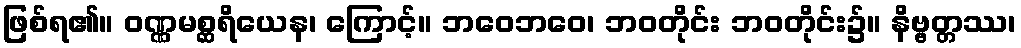
ဖြစ်ရ၏။ ဝဏ္ဏမစ္ဆရိယေန၊ ကြောင့်။ ဘဝေဘဝေ၊ ဘဝတိုင်း ဘဝတိုင်း၌။ နိဗ္ဗတ္တဿ၊